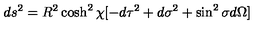
d s ^ { 2 } = R ^ { 2 } \cosh ^ { 2 } \chi [ - d \tau ^ { 2 } + d \sigma ^ { 2 } + \sin ^ { 2 } \sigma d \Omega ]